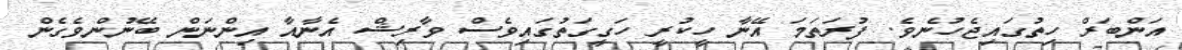
އަންބަރް ހިތުގައިޖެހުނެވެ. ފުރަތަމަ އޭނާ ހީކުރީ ހަގީގަތުގައިވެސް ވާރިޝް އެނާއާ އިންނަން ބޭނުންވެގެން